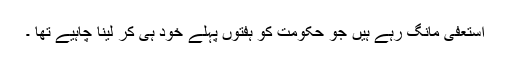
استعفٰی مانگ رہے ہیں جو حکومت کو ہفتوں پہلے خود ہی کر لینا چاہیے تھا ۔